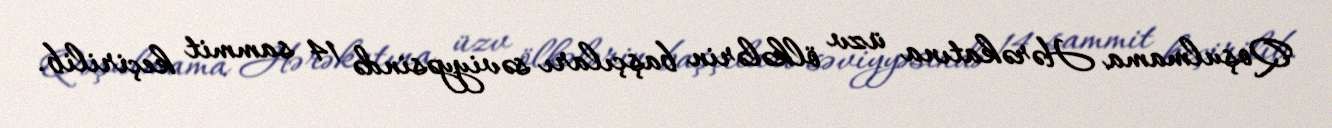
Qoşulmama Hərəkatına üzv ölkələrin başçıları səviyyəsində 14 sammit keçirilib.